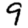
Digit: 9